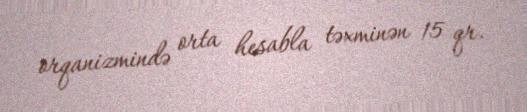
orqanizmində orta hesabla təxminən 15 qr.